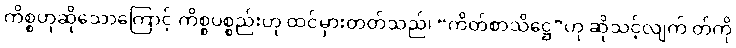
ကိစ္စဟုဆိုသောကြောင့် ကိစ္စပစ္စည်းဟု ထင်မှားတတ်သည်၊ “ကိတ်စာသိဋ္ဌေ”ဟု ဆိုသင့်လျက် တ်ကို